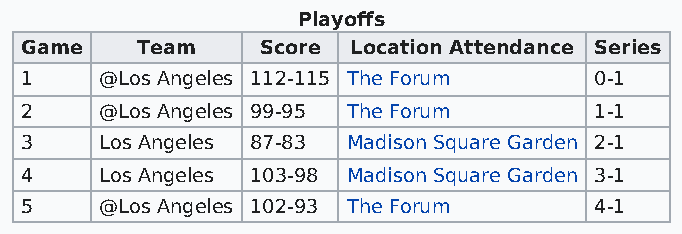
Playoffs
 Game    Team    Score Location Attendance Series
 1     @Los Angeles 112-115 The Forum  0-1
 2     @Los Angeles 99-95 The Forum    1-1
 3     Los Angeles 87-83 Madison Square Garden 2-1
 4     Los Angeles 103-98 Madison Square Garden 3-1
 5     @Los Angeles 102-93 The Forum   4-1